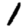
Digit: 1